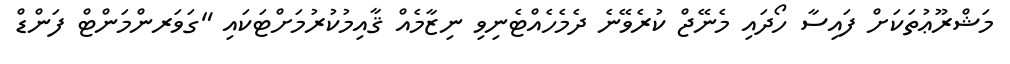
މަޝްރޫޢުތަކަށް ފައިސާ ހޯދައި މެނޭޖް ކުރެވޭނެ ދެމެހެއްޓެނިވި ނިޒާމެއް ޤާއިމުކުރުމަށްޓަކައި "ގަވަރންމަންޓް ފަންޑް